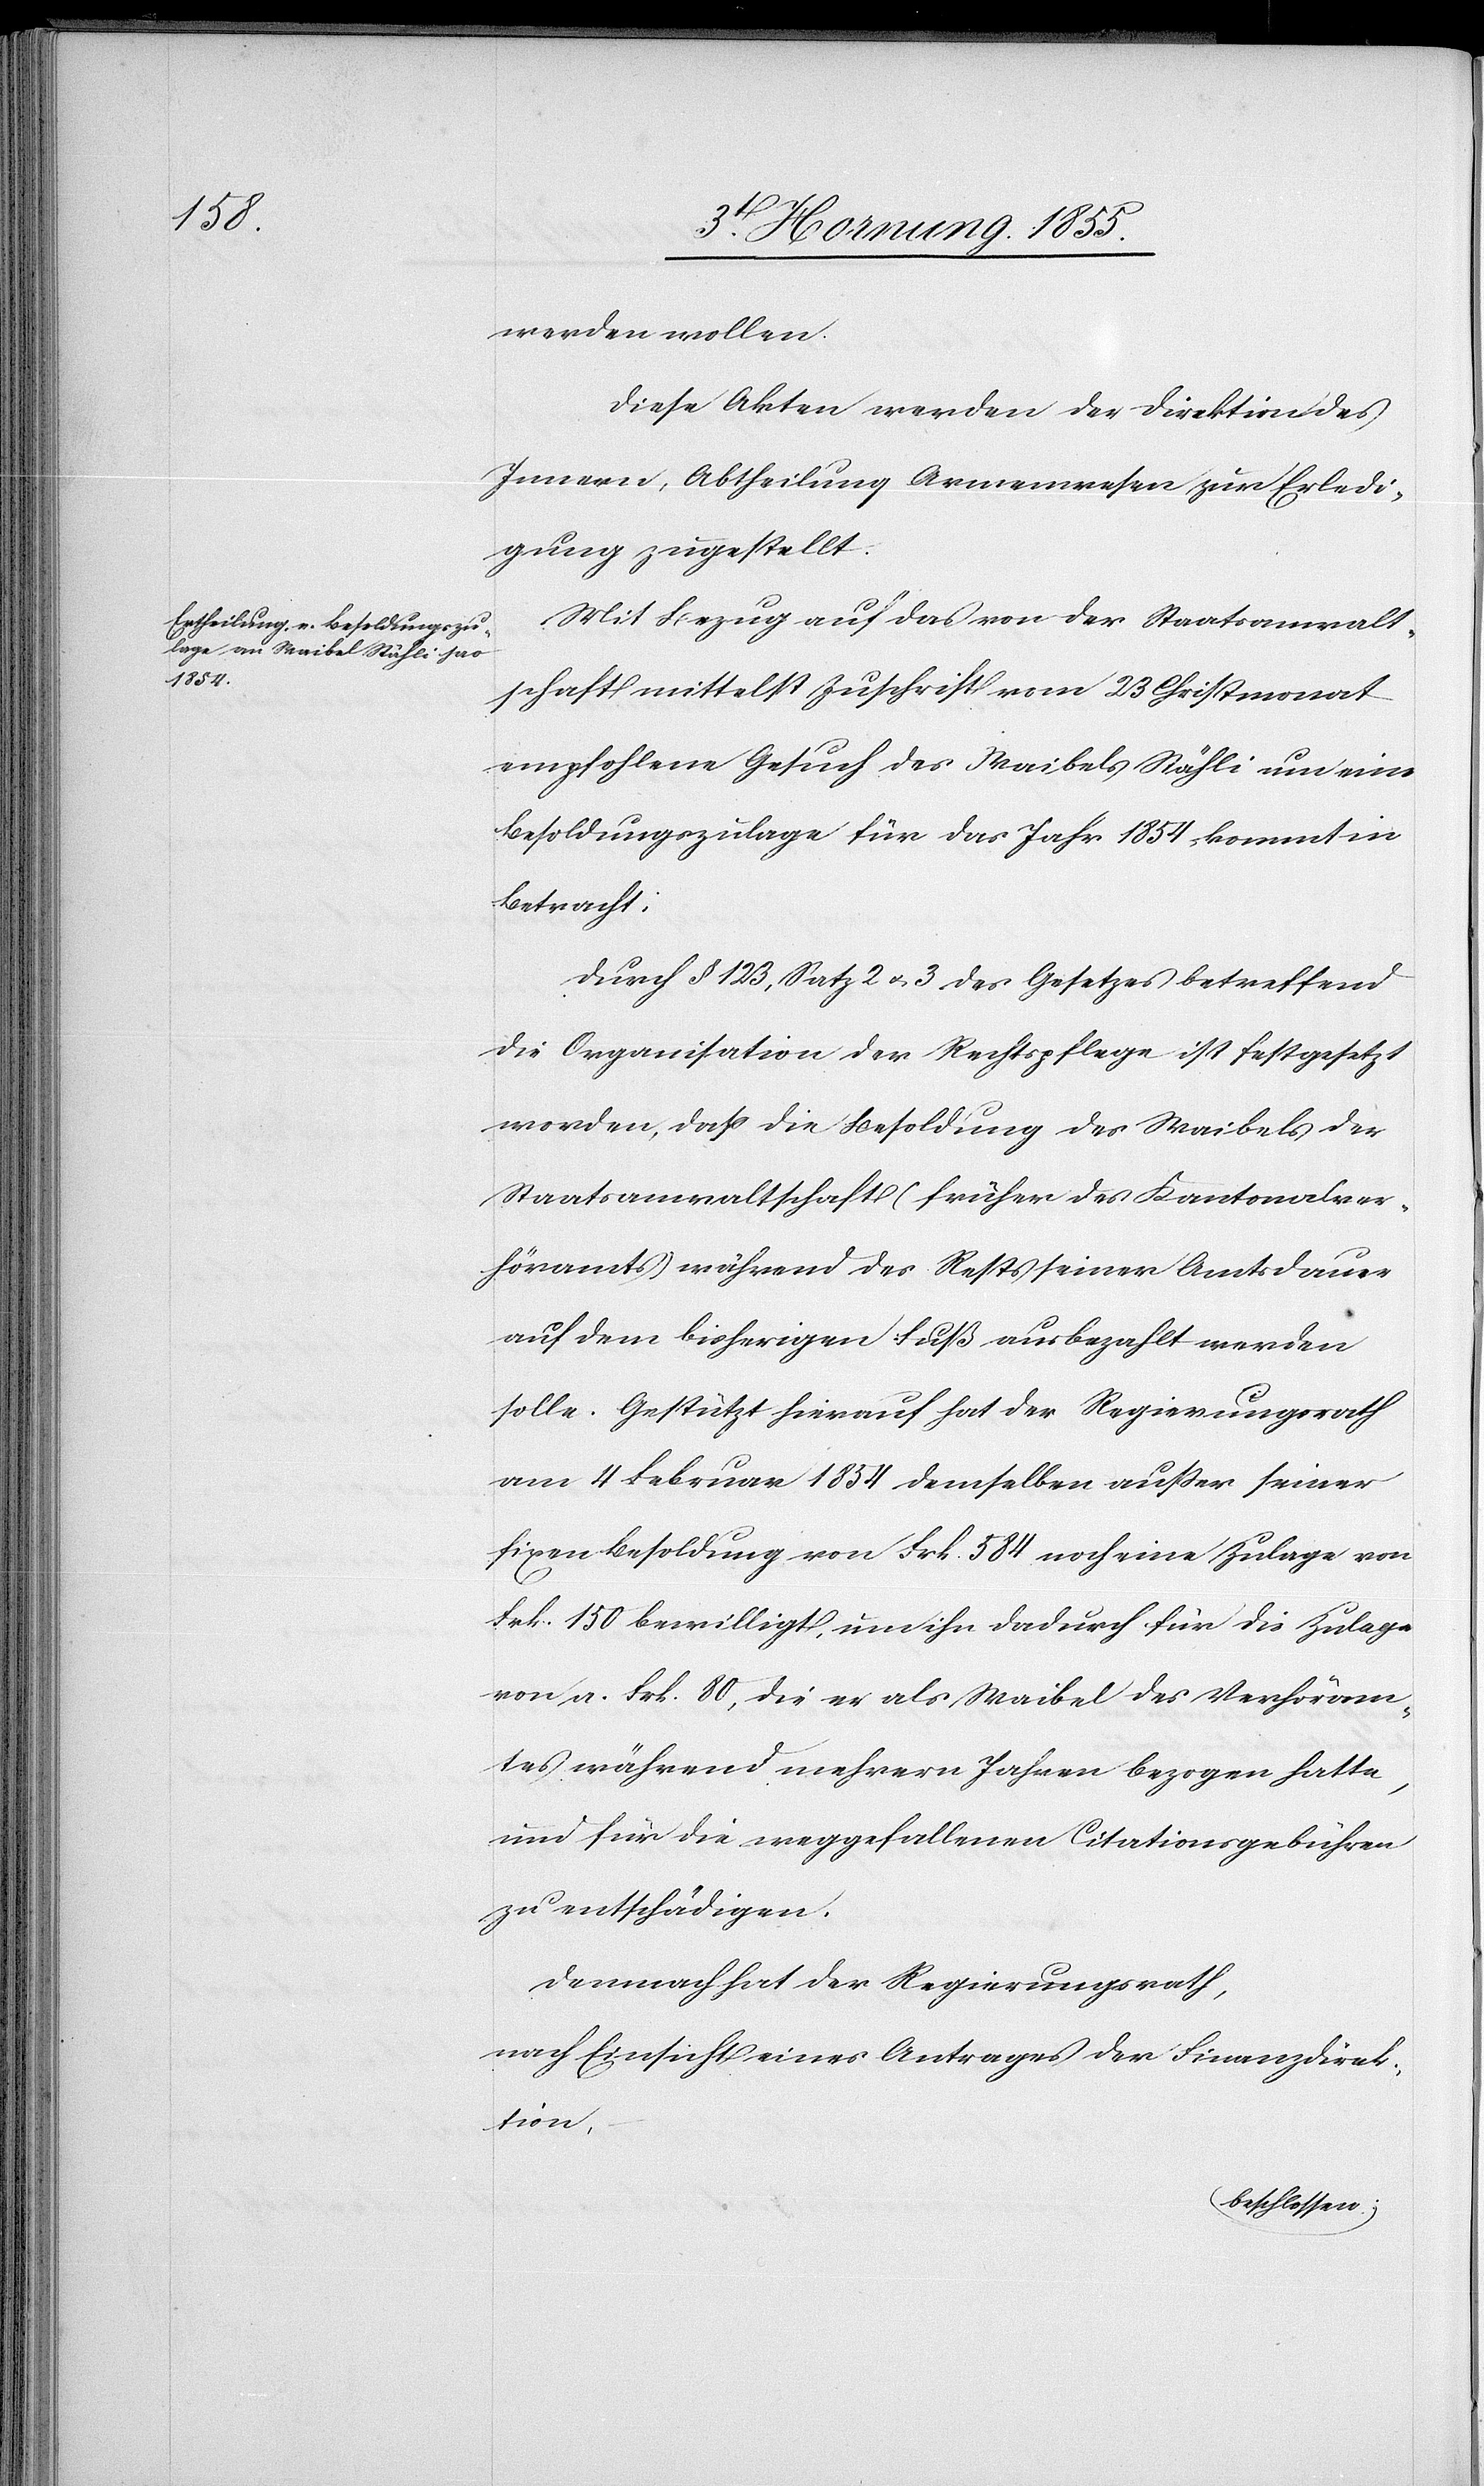
werden wollen.
Diese Akten werden der Direktion des
Innern, Abtheilung Armenwesen zur Erledi¬
gung zugestellt.
Mit Bezug auf das von der Staatsanwalt¬
schaft mittelst Zuschrift vom 23 Christmonat
empfohlene Gesuch des Waibels Stähli um eine
Besoldungszulage für das Jahr 1854 kommt in
Betracht:
Durch § 123, Satz 2 & 3 des Gesetzes betreffend
die Organisation der Rechtspflege ist festgesetzt
worden, dass die Besoldung des Waibels der
Staatsanwaltschaft (früher des Kantonalver¬
höramts) während des Rests seiner Amtsdauer
auf dem bisherigen Fuß ausbezahlt werden
solle. Gestützt hierauf hat der Regierungsrath
am 4 Februar 1854 demselben außer seiner
fixen Besoldung von Frk. 584 noch eine Zulage von
Frk. 150 bewilligt, um ihn dadurch für die Zulage
von a. Frk. 80, die er als Waibel des Verhöram¬
tes während mehrern Jahren bezogen hatte,
und für die weggefallenen Citationsgebühren
zu entschädigen.
Demnach hat der Regierungsrath,
nach Einsicht eines Antrages der Finanzdirek¬
tion,